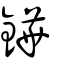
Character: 鏵